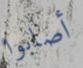
أصابوا